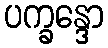
ပက္ခန္ဒော